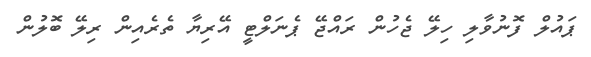
ޕައުލް ފޮނުވާލި ހިލޭ ޖެހުން ރައްޖޭ ޕެނަލްޓީ އޭރިޔާ ތެރެއިން ރިލޭ ބޮލުން